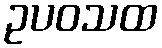
ဥပဝသထ